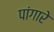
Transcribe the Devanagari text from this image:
पांगारे